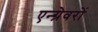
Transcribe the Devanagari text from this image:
एन्ग्रेवरों